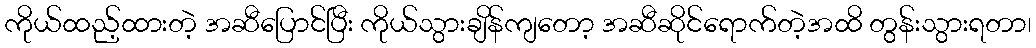
ကိုယ်ထည့်ထားတဲ့ အဆီပြောင်ပြီး ကိုယ်သွားချိန်ကျတော့ အဆီဆိုင်ရောက်တဲ့အထိ တွန်းသွားရတာ၊